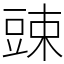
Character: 䜹